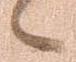
々